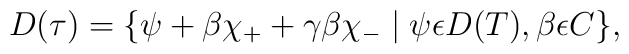
D(\tau)=\{\psi + \beta \chi_+ +\gamma\beta\chi_- \mid \psi\epsilon D(T), \beta\epsilon C\},